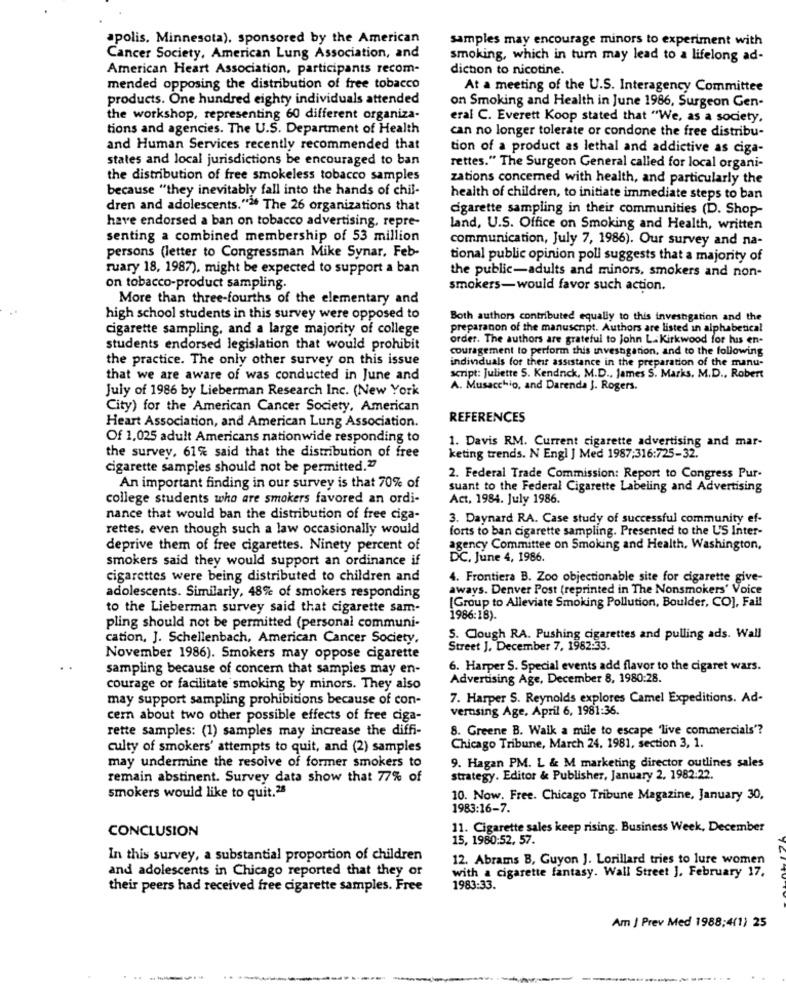
apolis. Minnesota), sponsored by the American
samples may encourage minors to experiment with
Cancer Society, American Lung Association, and
smoking, which in turn may lead to a lifelong ad-
American Heart Association, participants recom-
dicton to nicotine.
mended opposing the distribution of free tobacco
At a meeting of the U.S. Interagency Committee
products. One hundred eighty individuals attended
on Smoking and Health in June 1986, Surgeon Gen-
the workshop, representing 60 different organiza-
eral C. Everett Koop stated that "We, as a society,
tions and agencies. The U.S. Department of Health
can no longer tolerate or condone the free distribu-
and Human Services recently recommended that
tion of a product as lethal and addictive as ciga-
states and local jurisdictions be encouraged to ban
rettes." The Surgeon General called for local organi-
the distribution of free smokeless tobacco samples
zations concerned with health, and particularly the
because "they inevitably fall into the hands of chil-
health of children, to initiate immediate steps to ban
dren and adolescents."" The 26 organizations that
cigarette sampling in their communities (D. Shop-
have endorsed a ban on tobacco advertising, repre-
land, U.S. Office on Smoking and Health, written
senting a combined membership of 53 million
communication, July 7, 1986). Our survey and na-
persons (letter to Congressman Mike Synar, Feb-
tional public opinion poll suggests that a majority of
ruary 18, 1987), might be expected to support a ban
the public-adults and minors, smokers and non-
on tobacco-product sampling.
smokers-would favor such action.
More than three-fourths of the elementary and
high school students in this survey were opposed to
Both authors contributed equally to this investigation and the
cigarette sampling, and a large majority of college
preparanon of the manusenpt. Authors are listed in alphabetical
order. The authors are grateful to John L. Kirkwood for his en-
students endorsed legislation that would prohibit
couragement to perform this investigation, and to the following
the practice. The only other survey on this issue
individuals for their assistance in the preparation of the manu-
that we are aware of was conducted in June and
script: Juliette 5. Kendnick, M.D ., James S. Marks, M.D ., Robert
July of 1986 by Lieberman Research Inc. (New York
A. Musacchio, and Darenda J. Rogers.
City) for the American Cancer Society, American
Heart Association, and American Lung Association.
REFERENCES
Of 1,025 adult Americans nationwide responding to
1. Davis RM. Current cigarette advertising and mar-
the survey, 61% said that the distribution of free
keting trends. N Engl J Med 1987:316:725-32.
cigarette samples should not be permitted."
2. Federal Trade Commission: Report to Congress Pur-
An important finding in our survey is that 70% of
suant to the Federal Cigarette Labeling and Advertising
college students who are smokers favored an ordi-
Act. 1984. July 1986.
nance that would ban the distribution of free ciga-
3. Daynard RA. Case study of successful community ef-
rettes, even though such a law occasionally would
forts to ban cigarette sampling. Presented to the US Inter-
deprive them of free cigarettes. Ninety percent of
agency Committee on Smoking and Health, Washington,
smokers said they would support an ordinance if
DC. June 4, 1986.
cigarettes were being distributed to children and
4. Frontiera B. Zoo objectionable site for cigarette give-
aways. Denver Post (reprinted in The Nonsmokers' Voice
adolescents. Similarly, 48% of smokers responding
[Group to Alleviate Smoking Pollution, Boulder, CO], Fal!
to the Lieberman survey said that cigarette sam-
1986:18).
pling should not be permitted (personal communi-
cation, J. Schellenbach, American Cancer Society,
5. Clough RA. Pushing cigarettes and pulling ads. Wall
Street J. December 7, 1982:33.
November 1986). Smokers may oppose cigarette
sampling because of concern that samples may en-
6. Harper S. Special events add flavor to the cigaret wars.
Advertising Age, December 8, 1980:28.
courage or facilitate smoking by minors. They also
may support sampling prohibitions because of con-
7. Harper S. Reynolds explores Camel Expeditions. Ad-
verusing Age, April 6, 1981:36.
cern about two other possible effects of free ciga-
rette samples: (1) samples may increase the diffi-
8. Greene B. Walk a mile to escape 'live commercials'?
culty of smokers' attempts to quit, and (2) samples
Chicago Tribune, March 24, 1981, section 3, 1.
may undermine the resolve of former smokers to
9. Hagan PM. L & M marketing director outlines sales
remain abstinent. Survey data show that 77% of
strategy. Editor & Publisher, January 2, 1982:22.
smokers would like to quit.28
10. Now. Free. Chicago Tribune Magazine, January 30,
1983:16-7.
CONCLUSION
11. Cigarette sales keep rising. Business Week, December
15, 1980:52, 57.
In this survey, a substantial proportion of children
12. Abrams B, Guyon J. Lorillard tries to lure women
and adolescents in Chicago reported that they or
with a cigarette fantasy. Wall Street ]. February 17.
their peers had received free cigarette samples. Free
1983:33.
Am | Prev Med 1988;4(1) 25
------